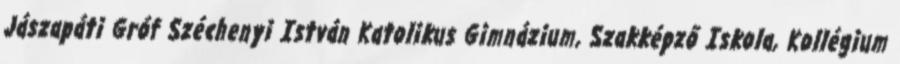
Jászapáti Gróf Széchenyi István Katolikus Gimnázium, Szakképző Iskola, Kollégium